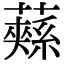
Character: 𮒚